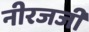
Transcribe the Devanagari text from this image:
नीरजजी